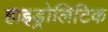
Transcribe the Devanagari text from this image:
हाइड्रोलिटिक